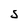
Character: s